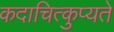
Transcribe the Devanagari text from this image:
कदाचित्कुप्यते